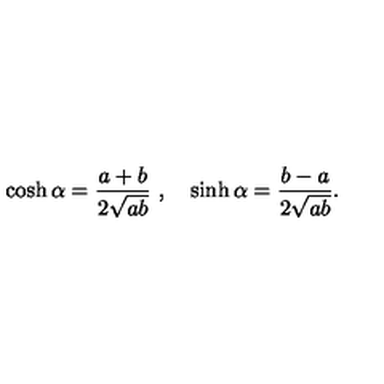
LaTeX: \cosh \alpha = \frac { a + b } { 2 \sqrt { a b } } \ , \quad \sinh \alpha = \frac { b - a } { 2 \sqrt { a b } } .